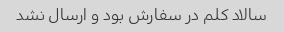
سالاد کلم در سفارش بود و ارسال نشد